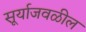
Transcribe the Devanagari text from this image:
सूर्याजवळील